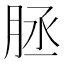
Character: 𦚦